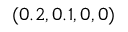
( 0 . 2 , 0 . 1 , 0 , 0 )